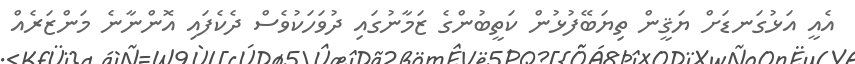
އެއީ އަޅުގަނޑަށް ޔަޤީން ތިޔަބޭފުޅުން ކަތީބުންގެ ޒަމާނުގައި ދުވަހަކުވެސް ދެކެފައި އޮންނާނެ މަންޒަރެއް